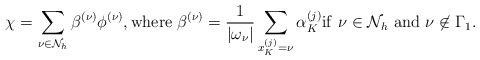
\begin{align*}\chi=\sum_{\nu\in \mathcal{N}_h} \beta^{(\nu)}\phi^{(\nu)}, {\rm where} \;\beta^{(\nu)}=\frac{1}{|\omega_\nu|}\sum_{x_K^{(j)}=\nu}\alpha_K^{(j)}{\rm if}\ \nu\in\mathcal{N}_h\ {\rm and\ }\nu\not\in\Gamma_1.\end{align*}